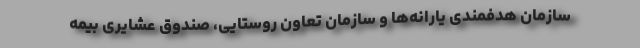
سازمان هدفمندی یارانه‌ها و سازمان تعاون روستایی، صندوق عشایری بیمه